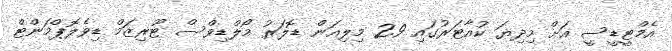
އެމްޓީޑީސީ އަށް މިދިޔަ ކުއާޓަރުގައި 2.9 މިލިއަން ޑޮލަރު މޯލްޑިވްސް ޓޫރިޒަމް ޑިވެލޮޕްމަންޓް